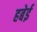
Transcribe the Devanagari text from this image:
हबेई